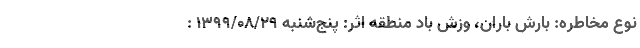
نوع مخاطره: بارش باران، وزش باد منطقه اثر: پنج‌شنبه ۱۳۹۹/۰۸/۲۹ :